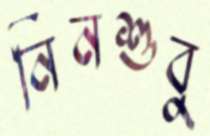
নিনশুবু